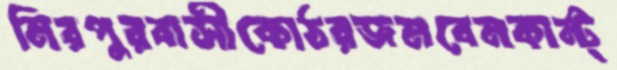
মিরপুরবাসীকোঠরজমবেনকান্ট্